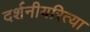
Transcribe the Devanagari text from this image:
दर्शनीयरित्या